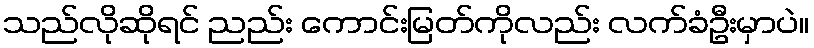
သည်လိုဆိုရင် ညည်း ကောင်းမြတ်ကိုလည်း လက်ခံဦးမှာပဲ။